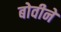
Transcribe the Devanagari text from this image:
बोवीने